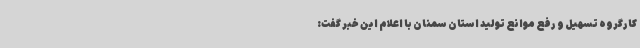
کارگروه تسهیل و رفع موانع تولید استان سمنان با اعلام این خبر گفت: